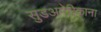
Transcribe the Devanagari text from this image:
सुडअमेरिकाना